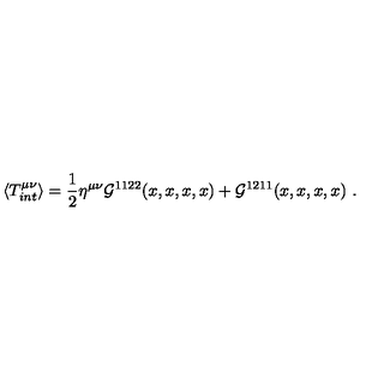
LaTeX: \langle T _ { i n t } ^ { \mu \nu } \rangle = \frac { 1 } { 2 } \eta ^ { \mu \nu } { \cal { G } } ^ { 1 1 2 2 } ( x , x , x , x ) + { \cal { G } } ^ { 1 2 1 1 } ( x , x , x , x ) \ .